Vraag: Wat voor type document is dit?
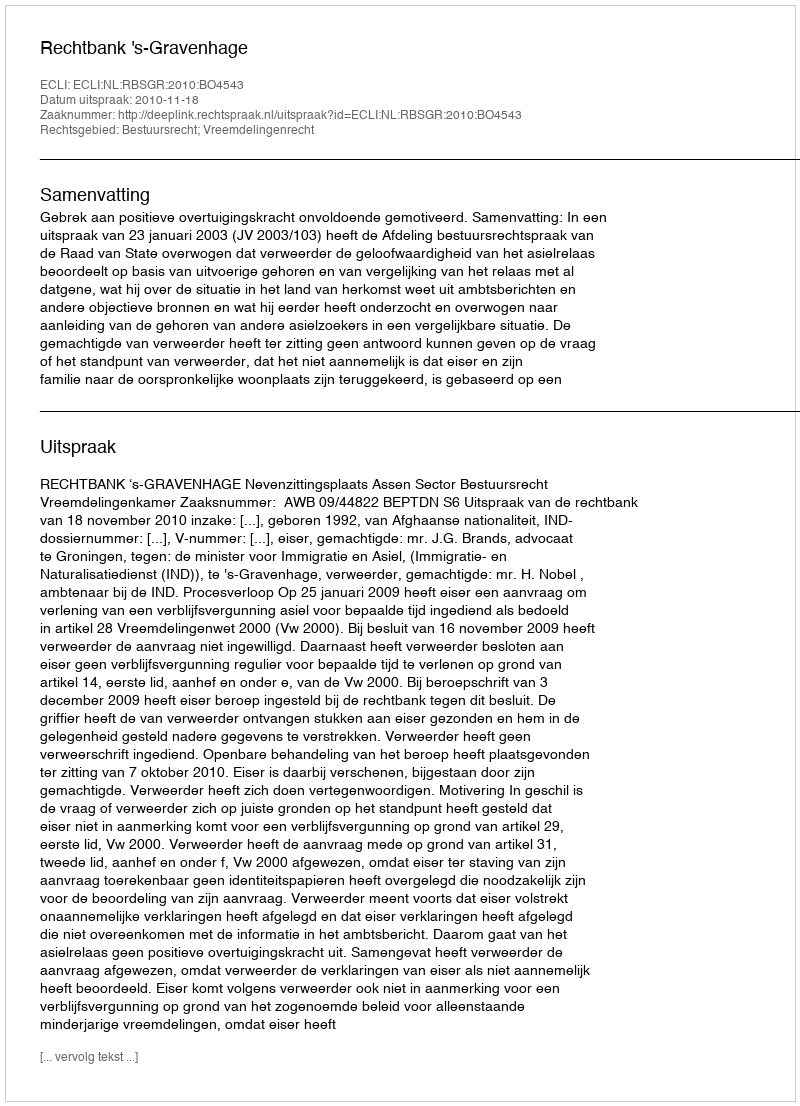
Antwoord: Uitspraak